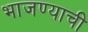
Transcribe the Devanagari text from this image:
भाजण्याची